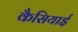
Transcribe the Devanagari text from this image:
कैसियाई